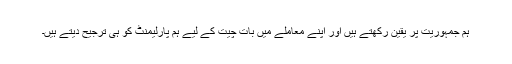
ہم جمہوریت پر یقین رکھتے ہیں اور اپنے معاملے میں بات چیت کے لیے ہم پارلیمنٹ کو ہی ترجیح دیتے ہیں۔